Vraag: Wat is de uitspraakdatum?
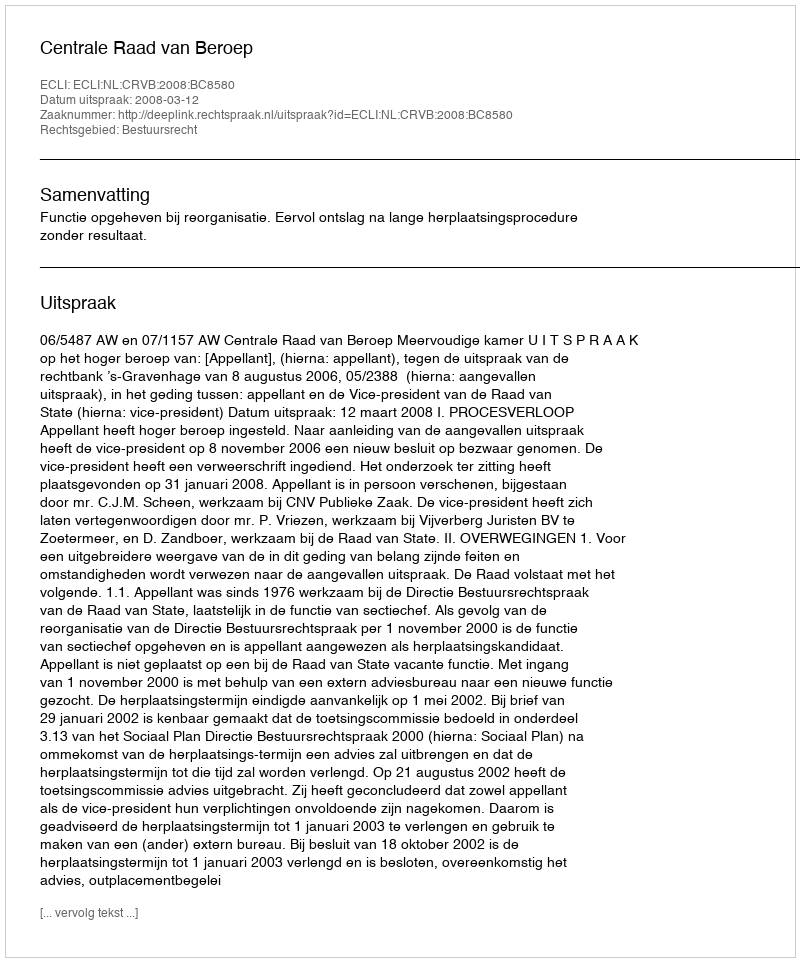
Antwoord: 2008-03-12